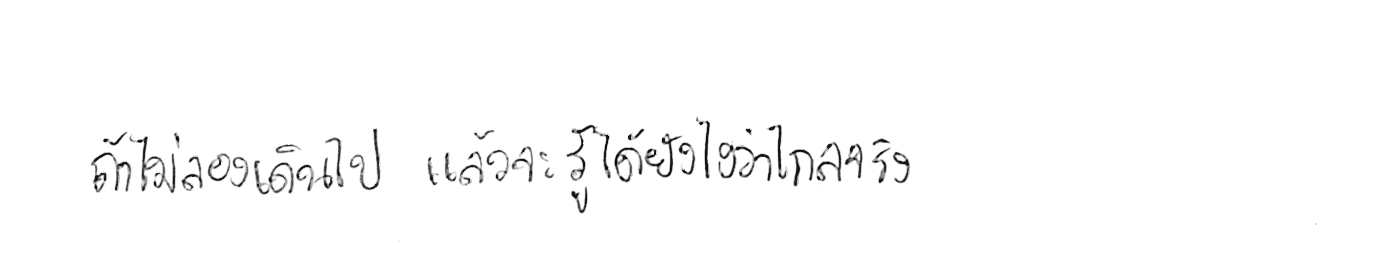
ถ้าไม่ลองเดินไป แล้วจะรู้ได้ยังไงว่าไกลจริง